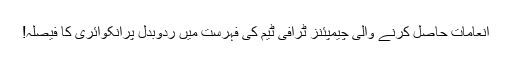
انعامات حاصل کرنے والی چیمپئنز ٹرافی ٹیم کی فہرست میں ردوبدل پرانکوائری کا فیصلہ!